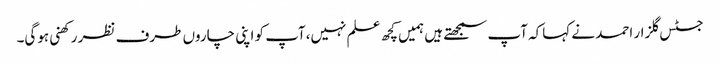
جسٹس گلزار احمد نے کہاکہ آپ سمجھتے ہیں ہمیں کچھ علم نہیں،آپ کو اپنی چاروں طرف نظر رکھنی ہوگی۔